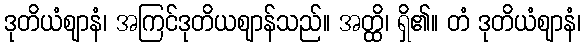
ဒုတိယံဈာနံ၊ အကြင်ဒုတိယဈာန်သည်။ အတ္ထိ၊ ရှိ၏။ တံ ဒုတိယံဈာနံ၊